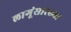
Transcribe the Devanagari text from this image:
लागूंसारख्या